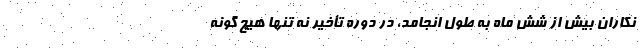
نکاران بیش از شش ماه به طول انجامد، در دوره تأخیر نه تنها هیچ گونه